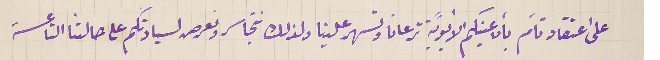
على اعتقاد تامّ بأن عينكم الأبويَّة ترعانا وتسهر علينا ولذلك نتجاسر ونعرص لسيادتكم على حالتنا التاعسة